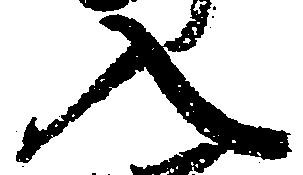
入